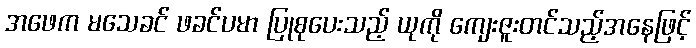
အဖေက မသေခင် ဖခင်ပမာ ပြုစုပေးသည့် ယုကို ကျေးဇူးတင်သည့်အနေဖြင့်